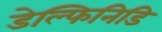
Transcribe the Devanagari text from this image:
डेल्फिनिडि